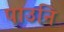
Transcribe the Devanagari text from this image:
पाउनि